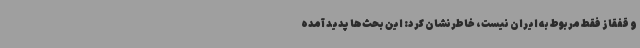
و قفقاز فقط مربوط به ایران نیست، خاطرنشان کرد: این بحث‌ها پدید آمده